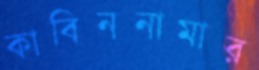
কাবিননামার